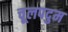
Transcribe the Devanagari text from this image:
चूलपदुम